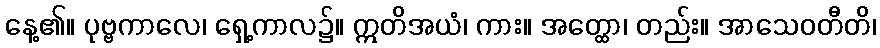
နေ့၏။ ပုဗ္ဗကာလေ၊ ရှေ့ကာလ၌။ ဣတိအယံ၊ ကား။ အတ္ထော၊ တည်း။ အာသေဝတီတိ၊